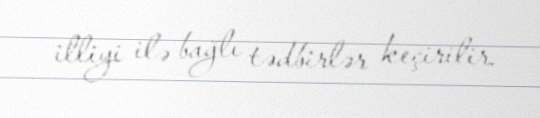
illiyi ilə bağlı tədbirlər keçirilir.